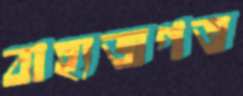
বাহ্যজগত